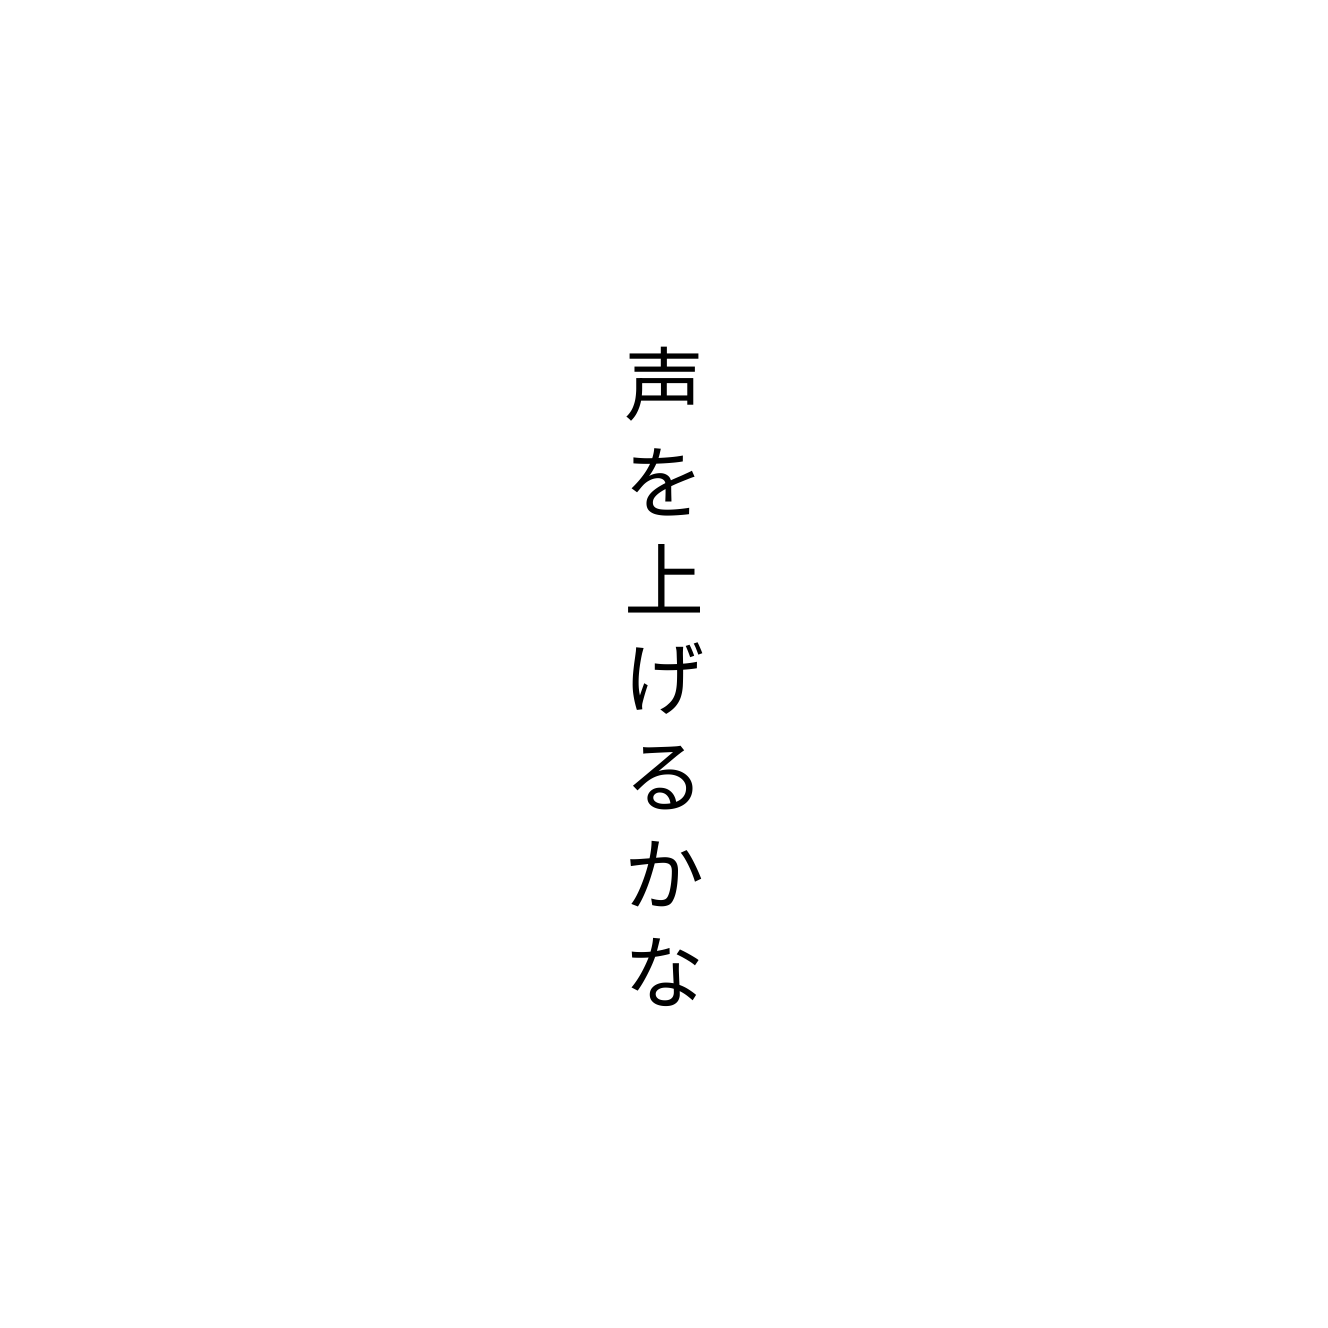
声を上げるかな